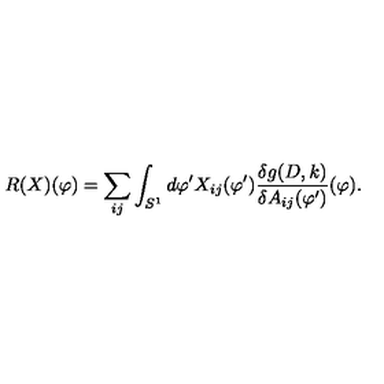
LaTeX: R ( X ) ( \varphi ) = \sum _ { i j } \int _ { S ^ { 1 } } d \varphi ^ { \prime } X _ { i j } ( \varphi ^ { \prime } ) \frac { \delta g ( D , k ) } { \delta A _ { i j } ( \varphi ^ { \prime } ) } ( \varphi ) .